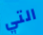
التي